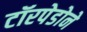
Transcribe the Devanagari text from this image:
टॉरपेडोने